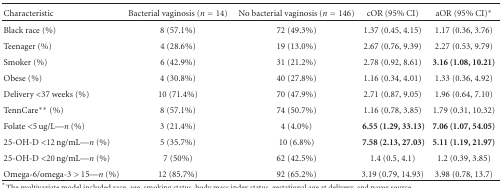
<table><thead><tr><td><b> Characteristic</b></td><td><b>Bacterial vaginosis (<i>n</i> = 14)</b></td><td><b>No bacterial vaginosis (<i>n</i> = 146)</b></td><td><b> cOR (95% CI)</b></td><td><b> aOR (95% CI)*</b></td></tr></thead><tbody><tr><td> Black race (%)</td><td> 8 (57.1%)</td><td> 72 (49.3%)</td><td> 1.37 (0.45, 4.15)</td><td> 1.17 (0.36, 3.76)</td></tr><tr><td> Teenager (%)</td><td> 4 (28.6%)</td><td> 19 (13.0%)</td><td> 2.67 (0.76, 9.39)</td><td> 2.27 (0.53, 9.79)</td></tr><tr><td> Smoker (%)</td><td> 6 (42.9%)</td><td> 31 (21.2%)</td><td> 2.78 (0.92, 8.61)</td><td><b>3.16 (1.08, 10.21)</b></td></tr><tr><td> Obese (%)</td><td> 4 (30.8%)</td><td> 40 (27.8%)</td><td> 1.16 (0.34, 4.01)</td><td> 1.33 (0.36, 4.92)</td></tr><tr><td> Delivery &lt;37 weeks (%)</td><td> 10 (71.4%)</td><td> 70 (47.9%)</td><td> 2.71 (0.87, 9.05)</td><td> 1.96 (0.64, 7.10)</td></tr><tr><td> TennCare** (%)</td><td> 8 (57.1%)</td><td> 74 (50.7%)</td><td> 1.16 (0.78, 3.85)</td><td> 1.79 (0.31, 10.32)</td></tr><tr><td> Folate &lt;5 ug/L—<i>n</i> (%)</td><td> 3 (21.4%)</td><td> 4 (4.0%)</td><td><b> 6.55 (1.29, 33.13)</b></td><td><b>7.06 (1.07, 54.05)</b></td></tr><tr><td> 25-OH-D &lt;12 ng/mL—<i>n</i> (%)</td><td> 5 (35.7%)</td><td> 10 (6.8%)</td><td><b> 7.58 (2.13, 27.03)</b></td><td><b>5.11 (1.19, 21.97)</b></td></tr><tr><td> 25-OH-D &lt;20 ng/mL—<i>n</i> (%)</td><td> 7 (50%)</td><td> 62 (42.5%)</td><td> 1.4 (0.5, 4.1)</td><td> 1.2 (0.39, 3.85)</td></tr><tr><td> Omega-6/omega-3 &gt; 15—<i>n</i> (%)</td><td> 12 (85.7%)</td><td> 92 (65.2%)</td><td> 3.19 (0.79, 14.93)</td><td> 3.98 (0.78, 13.7)</td></tr></tbody></table>